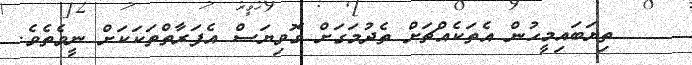
ތިޔަބައިމީހުން އެތަކެއްޗަށް ތެދުމަގަށް ގޮވިޔަސް އެފަރާތްތަކަކަށް ނީވެތެވެ.